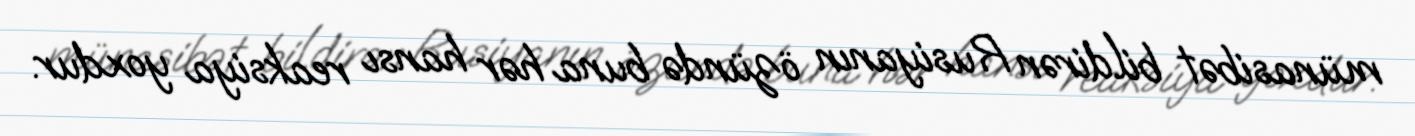
münasibət bildirən Rusiyanın özündə buna hər hansı reaksiya yoxdur.